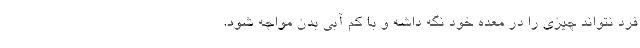
فرد نتواند چیزی را در معده خود نگه داشه و با کم آبی بدن مواجه شود.